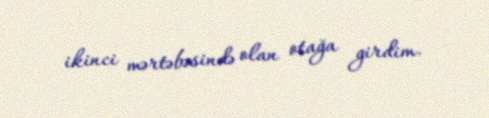
ikinci mərtəbəsində olan otağa girdim.